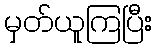
မှတ်ယူကြပြီး